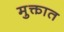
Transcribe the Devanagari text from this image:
मुक्तात